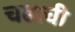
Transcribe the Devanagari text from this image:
चढाची